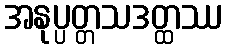
အနုပ္ပတ္တသဒတ္ထဿ